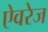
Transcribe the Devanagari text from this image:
ऐवरेज